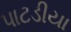
પાટડીયા